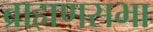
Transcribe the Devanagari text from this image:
ब्राह्मणसभा